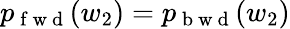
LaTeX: p_{\mathrm{~f~w~d~}}(w_{2})=p_{\mathrm{~b~w~d~}}(w_{2})